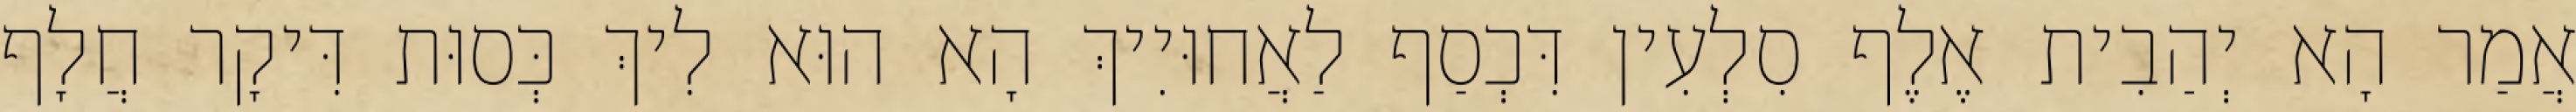
אֲמַר הָא יְהַבִית אֶלֶף סִלְעִין דִּכְסַף לַאֲחוּיִיךְ הָא הוּא לִיךְ כְּסוּת דִּיקָר חֲלָף